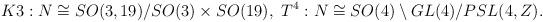
LaTeX: \begin{align*}K3 : N \cong SO(3,19) / SO(3) \times SO(19),{}~T^4 : N \cong SO(4) \setminus GL(4)/ PSL(4,Z).\end{align*}